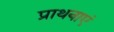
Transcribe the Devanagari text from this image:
प्राथनाएं